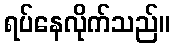
ရပ်နေလိုက်သည်။